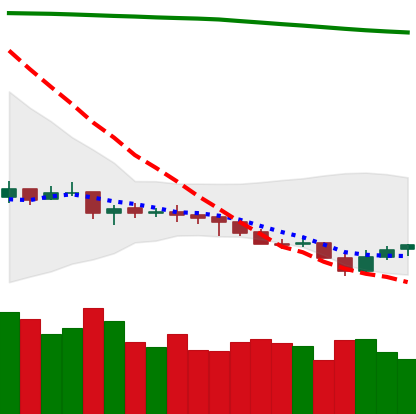
Ticker: NEO-USD
Chart end date: 2021-07-23
Forward return: 16.15%
Label: up_7plus